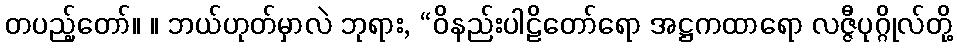
တပည့်တော်။ ။ ဘယ်ဟုတ်မှာလဲ ဘုရား, “ဝိနည်းပါဠိတော်ရော အဋ္ဌကထာရော လဇ္ဇီပုဂ္ဂိုလ်တို့